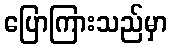
ပြောကြားသည်မှာ